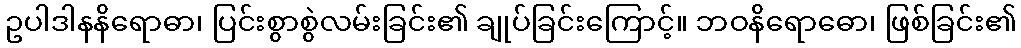
ဥပါဒါနနိရောဓာ၊ ပြင်းစွာစွဲလမ်းခြင်း၏ ချုပ်ခြင်းကြောင့်။ ဘဝနိရောဓော၊ ဖြစ်ခြင်း၏